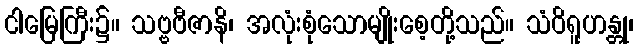
ငါမြေကြီး၌။ သဗ္ဗဗီဇာနိ၊ အလုံးစုံသောမျိုးစေ့တို့သည်။ သံဝိရူဟန္တု၊